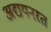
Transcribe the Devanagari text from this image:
अद्ययनरत